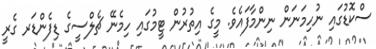
ސްކޮޑުގައި ނުހިމަނަން ނިންމާފައެވެ. މީގެ އިތުރުން ޓީމުގައި ހިމެނޭ ޗެލްސީގެ ޑިފެންޑަރ ގެރީ